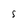
Character: s